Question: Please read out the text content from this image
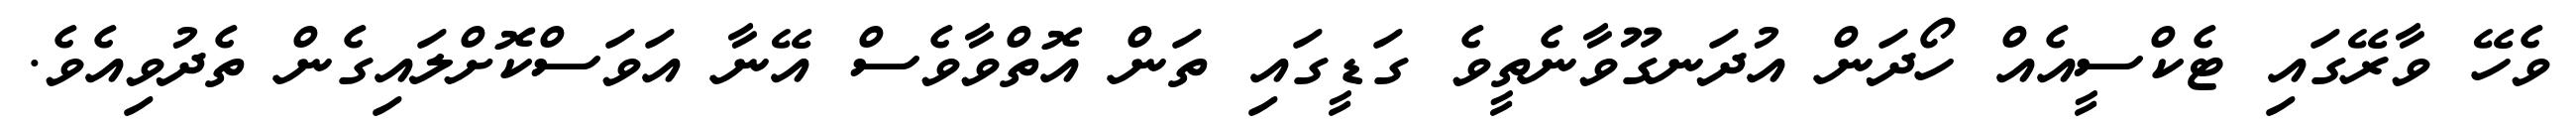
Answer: ވެހޭ ވާރޭގައި ޓެކްސީއެއް ހޯދަން އުދަނގޫވާނެތީވެ ގަޑީގައި ތަން އޮތްވާވެސް އޭނާ އަވަސްކޮށްލައިގެން ތެދުވިއެވެ.